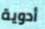
أدوية